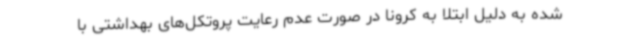
شده به دلیل ابتلا به کرونا در صورت عدم رعایت پروتکل‌های بهداشتی با